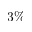
3 \%